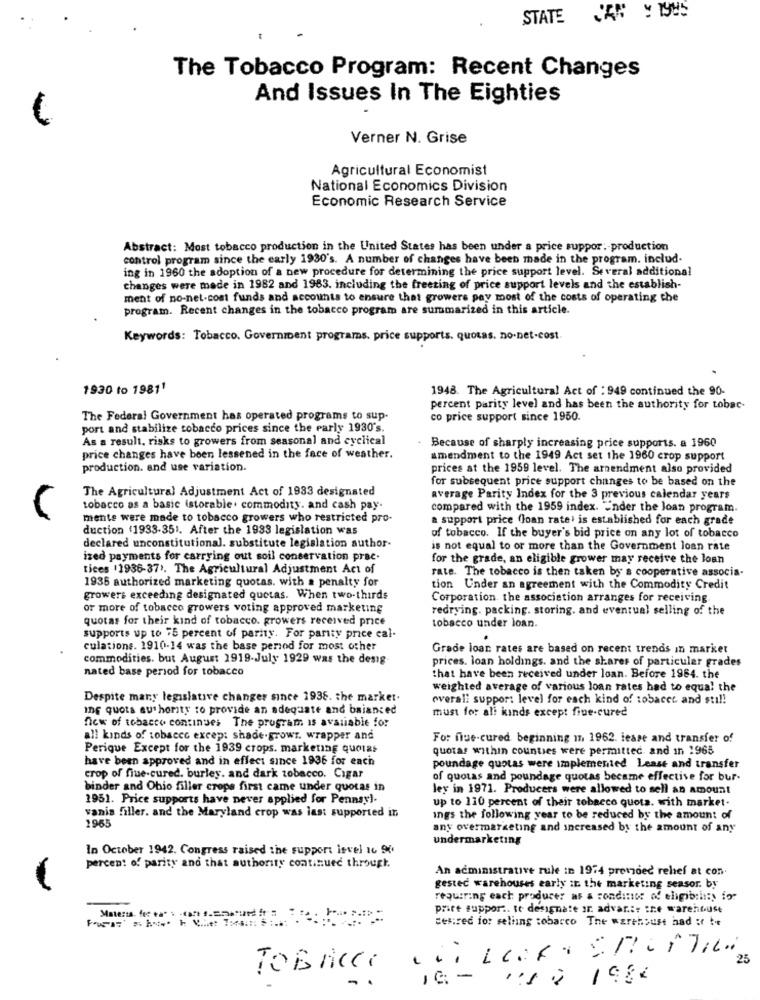
STATE JA Y 1945
The Tobacco Program: Recent Changes
And Issues In The Eighties
Verner N. Grise
Agricultural Economist
National Economics Division
Economic Research Service
Abstract: Most tobacco production in the United States has been under a price suppor :- production
control program since the carly 1930's. A number of changes have been made in the program. includ-
ing in 1960 the adoption of a new procedure for determining the price support level. Several additional
changes were made in 1982 and 1983. including the freeting of price support levels and the establish-
ment of no-net-cost funds and accounts to ensure that growers pay most of the costs of operating che
program. Recent changes in the tobacco program are summarized in this article.
Keywords: Tobacco. Government programs. price supports. quotas. no-net-cost.
1930 to 19811
1948. The Agricultural Act of : 949 continued the 90-
percent parity level and has been the authority for tobac-
The Federal Government has operated programs to sup.
co price support since 1950.
port and stabilize tobacco prices since the early 1930's.
As a result, risks to growers from seasonal and cyclical
. Because of sharply increasing price supports. a 1960
price changes have been lessened in the face of weather.
amendment to the 1949 Act set the 1960 crop support
production. and use variation.
prices at the 1959 level. The amendment also provided
for subsequent price support changes to be based on the
The Agricultural Adjustment Act of 1933 designated
average Parity Index for the 3 previous calendar years
tobacco as a basic (storable. commodity. and cash pay-
compared with the 1959 index. "nder the loan program.
mente were made to tobacco growers who restricted pro-
a support price (loan rate' is established for each grade
duction (1933-351. After the 1933 legislation was
of tobacco. If the buyer's bid price on any lot of tobacco
declared unconstitutional. substitute legislation author-
is not equal to or more than the Government loan rate
ized payments for carrying out soil conservation prac.
for the grade, an eligible grower may receive the loan
tices (1936-37). The Agricultural Adjustment Act of
rate. The tobacco is then taken by a cooperative associa-
1936 authorized marketing quotas. with a penalty for
tion Under an agreement with the Commodity Credit
growers exceeding designated quetas. When two-thirds
Corporation the association arranges for receiving
or more of tobacco growers voting approved marketing
redrying. packing. storing. and eventual selling of the
quotas for their kind of tobacco. growers received price
tobacco under loan.
supports up to 75 percent of parity. For parity price cal-
culations. 1910-14 was the base period for most other
Grade loan rates are based on recent trends in market
commodities. but August 1919-July 1929 was the desig
prices. loan holdings. and the shares of particular grades
nated base period for tobacco
that have been received under loan. Before 1964. the
weighted average of various loan rates had to equa! the
Despite many legislative changer since 1936. the market.
overall suppor: level for each kind of tobacet and sti !!
Inf quots authority to provide an adequate and baianced
must for ali kinds except fine-cured
ficw of tobacco continues The program as avaliable for
all kinds of tobacco excep: shade.growr. wrapper and
For fiue-cured beginning 17, 1962. lease and transfer of
Perique Except for the 1939 crops. marketing quotas
quotas within counties were permitted, and in 1965
have been approved and in effect since 1936 for each
poundage quotas were implemented Lease and transfer
crop of fiue-cured. burley. and dark tobacco. Cigar
of quotas and poundage quotas became effective for bur-
binder and Ohio filler crops first came under quotas in
ley in 1971. Producers were allowed to sell an amount
1951. Price supports have never applied for Pennsyl-
up to 110 percent of their tobacco quota. with market-
vanis filler. and the Maryland crop was last supported in
ings the following year to be reduced by the amount of
1955
any overmarketing and increased by the amount of any
undermarketing
In October 1942. Congress raised the support level 16 90
percent of parity and that authority continued through
An administrative rule in 1974 protzoed' relief at con.
-
gestec warehouses early it the marketing seasor. by
requiring each producer as a sondino of eligibility for
price suppor .. se designate or advar .: the warehouse
ces:red for selling tobacco The warehouse had : be
25
TOBACCO